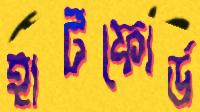
হার্টফোর্ড